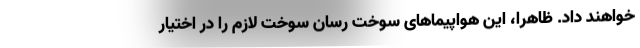
خواهند داد. ظاهرا، این هواپیماهای سوخت رسان سوخت لازم را در اختیار